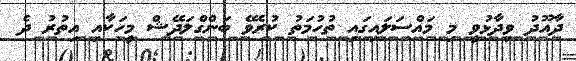
ދާއޫދު ވިދާޅުވީ މި މައްސަލައިގައި ތުހުމަތު ކުރެވޭ ބަންގްލަދޭޝް މީހަކާއި އިތުރު ދެ